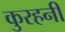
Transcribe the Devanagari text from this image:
कुरहनी